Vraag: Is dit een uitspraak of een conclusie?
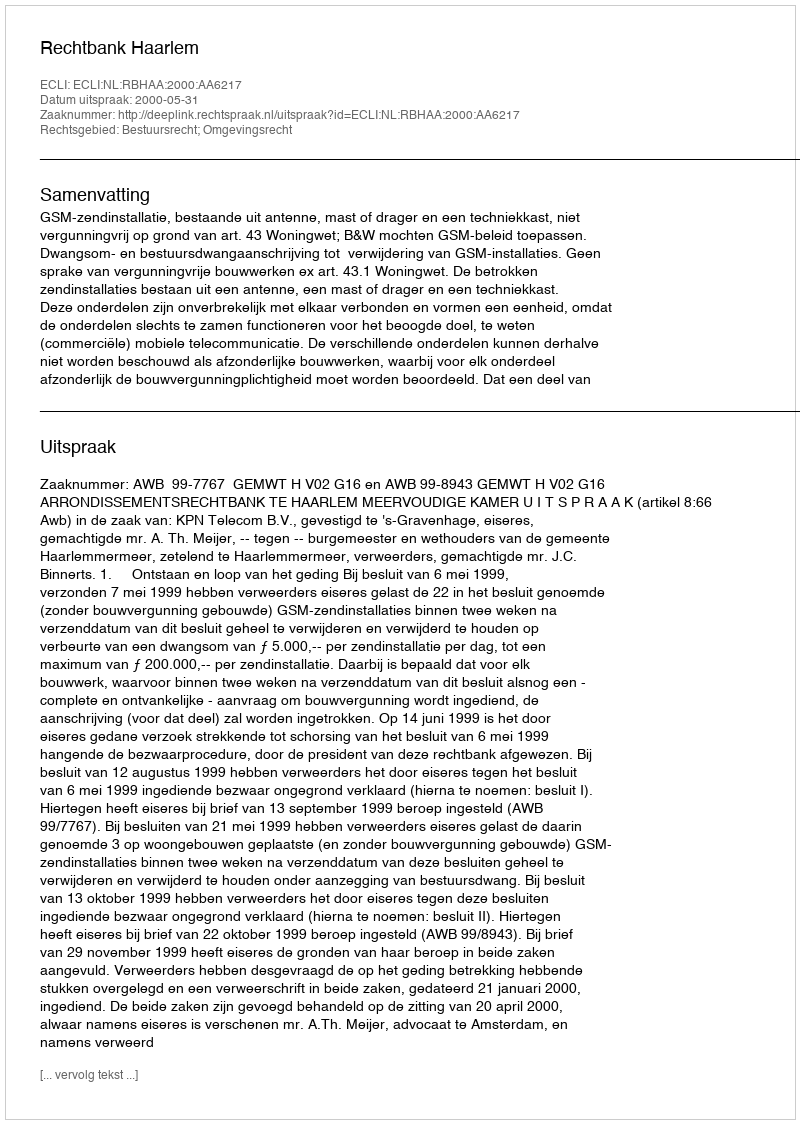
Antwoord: Uitspraak